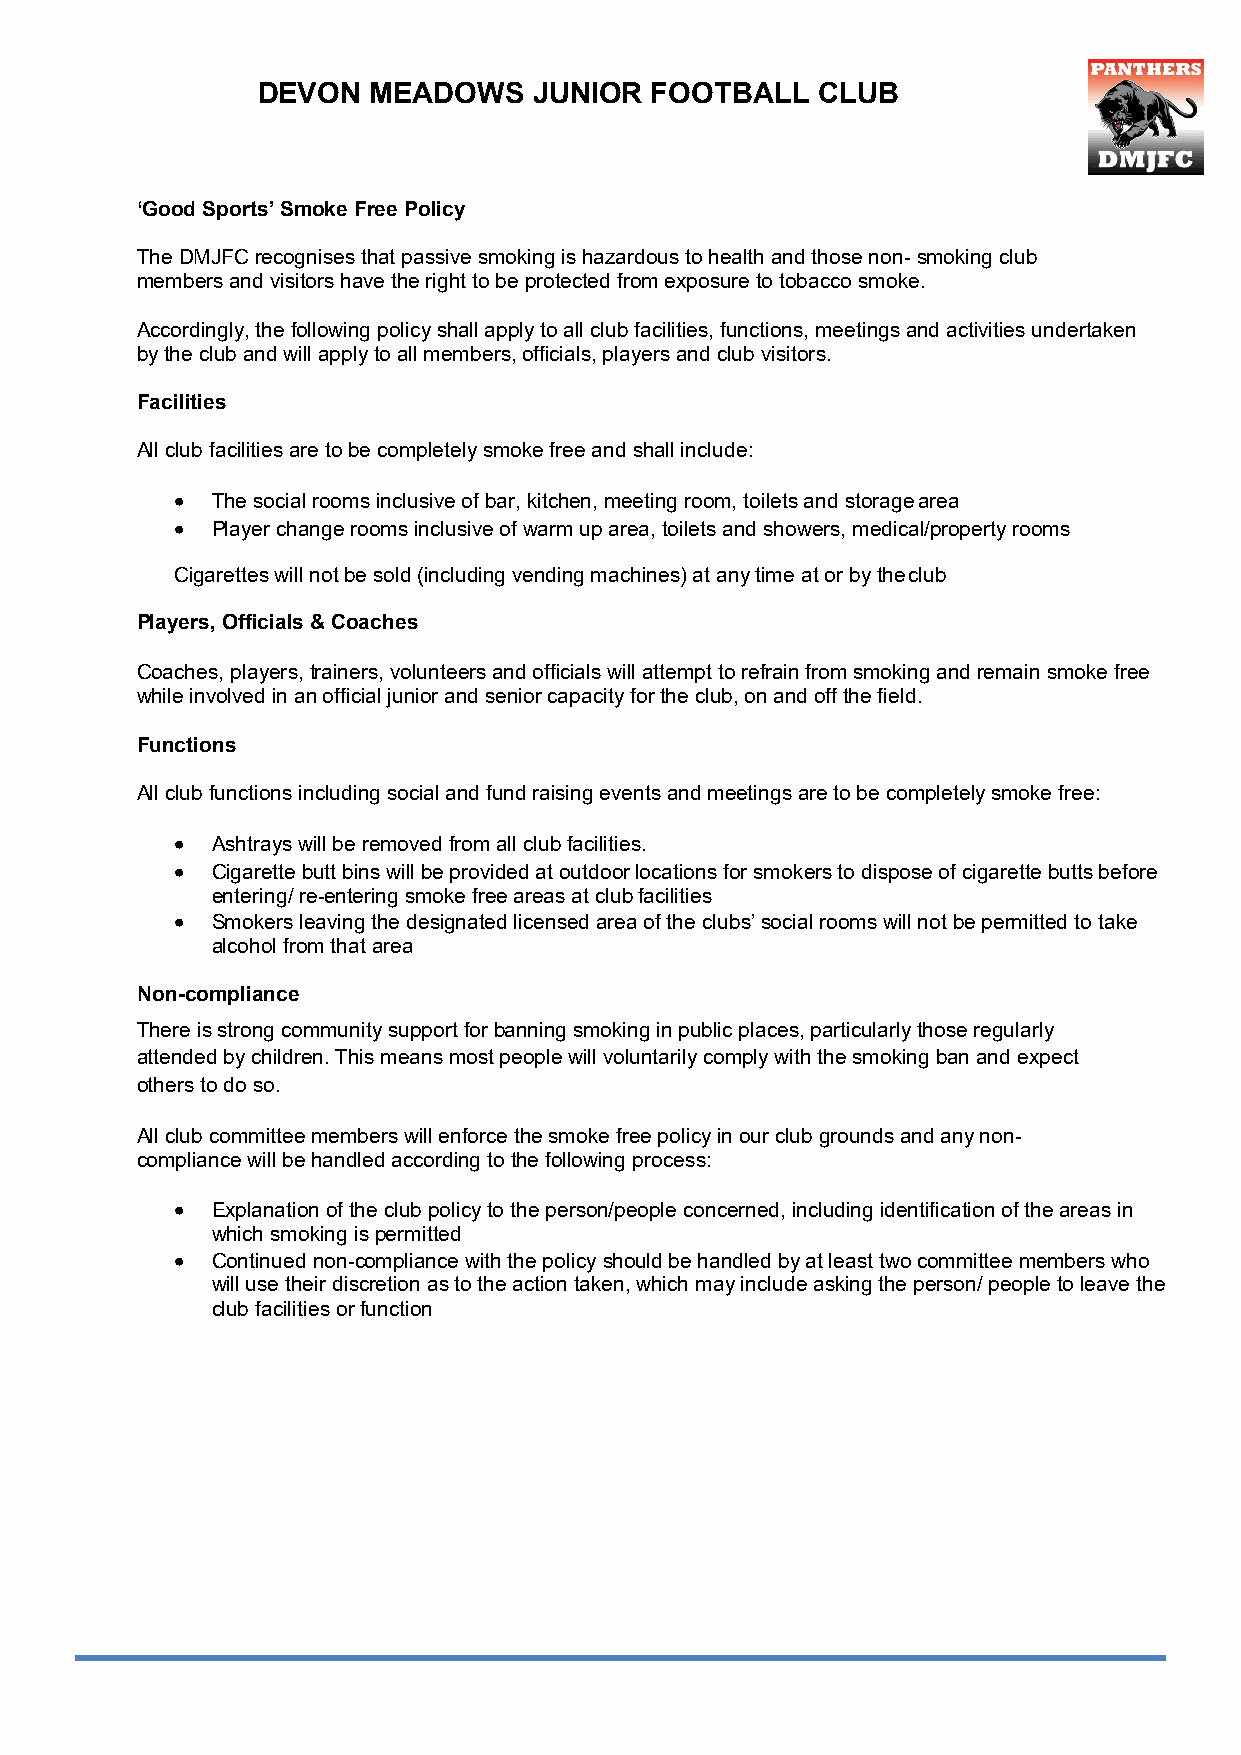
DEVON  MEADOWS    JUNIOR  FOOTBALL   CLUB
 ‘Good Sports’ Smoke Free Policy
 The DMJFC recognises that passive smoking is hazardous to health and those non- smoking club
 members and visitors have the right to be protected from exposure to tobacco smoke.
 Accordingly, the following policy shall apply to all club facilities, functions, meetings and activities undertaken
 by the club and will apply to all members, officials, players and club visitors.
 Facilities
 All club facilities are to be completely smoke free and shall include:
 • The social rooms inclusive of bar, kitchen, meeting room, toilets and storage area
 • Player change rooms inclusive of warm up area, toilets and showers, medical/property rooms
 Cigarettes will not be sold (including vending machines) at any time at or by the club
 Players, Officials & Coaches
 Coaches, players, trainers, volunteers and officials will attempt to refrain from smoking and remain smoke free
 while involved in an official junior and senior capacity for the club, on and off the field.
 Functions
 All club functions including social and fund raising events and meetings are to be completely smoke free:
 • Ashtrays will be removed from all club facilities.
 • Cigarette butt bins will be provided at outdoor locations for smokers to dispose of cigarette butts before
 entering/ re-entering smoke free areas at club facilities
 • Smokers leaving the designated licensed area of the clubs’ social rooms will not be permitted to take
 alcohol from that area
 Non-compliance
 There is strong community support for banning smoking in public places, particularly those regularly
 attended by children. This means most people will voluntarily comply with the smoking ban and expect
 others to do so.
 All club committee members will enforce the smoke free policy in our club grounds and any non-
 compliance will be handled according to the following process:
 • Explanation of the club policy to the person/people concerned, including identification of the areas in
 which smoking is permitted
 • Continued non-compliance with the policy should be handled by at least two committee members who
 will use their discretion as to the action taken, which may include asking the person/ people to leave the
 club facilities or function